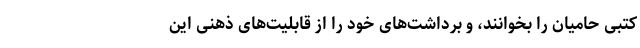
کتبی حامیان را بخوانند، و برداشت‌های خود را از قابلیت‌های ذهنی این